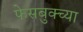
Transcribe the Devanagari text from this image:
फेसबुक्च्या